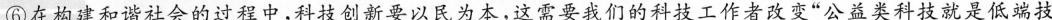
⑥在构建和谐社会的过程中，科技创新要以民为本，这需要我们的科技工作者改变”公益类科技就是低端技